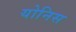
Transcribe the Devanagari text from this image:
योनिस